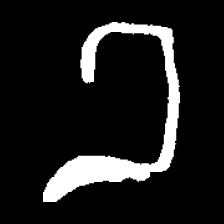
Pyu character \u2014 Myanmar letter: ခ (romanized: kha)